Reports on dispensaries and lunatic asylums in the Province of Oudh - 1869-1876
Year: 1869
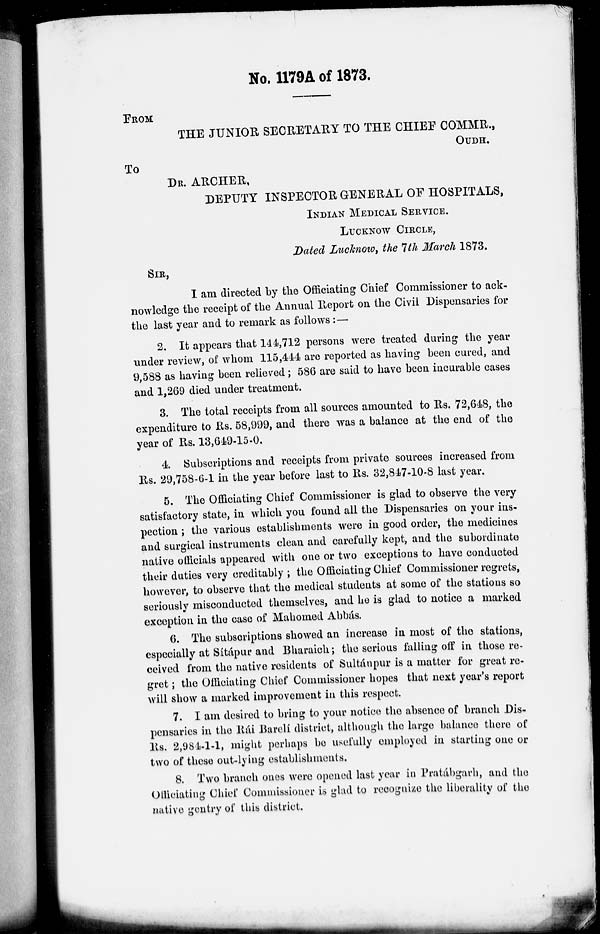
No. 1179A of 1873.
FROM
THE JUNIOR SECRETARY TO THE CHIEF COMMR.,
OUDH.
To
DR. ARCHER,
DEPUTY INSPECTOR GENERAL OF HOSPITALS,
INDIAN MEDICAL SERVICE.
LUCKNOW CIRCLE,
Dated Lucknow, the 7th March 1873.
SIR,
I am directed by the Officiating Chief Commissioner to ack-
nowledge the receipt of the Annual Report on the Civil Dispensaries for
the last year and to remark as follows : —
2. It appears that 144,712 persons were treated during the year
under review, of whom 115,444 are reported as having been cured, and
9,588 as having been relieved; 586 are said to have been incurable cases
and 1,269 died under treatment.
3. The total receipts from all sources amounted to Rs. 72,648, the
expenditure to Rs. 58,999, and there was a balance at the end of the
year of Rs. 13,649-15-0.
4. Subscriptions and receipts from private sources increased from
Rs. 29,758-6-1 in the year before last to Rs. 32,847-10-8 last year.
5. The Officiating Chief Commissioner is glad to observe the very
satisfactory state, in which you found all the Dispensaries on your ins-
pection ; the various establishments were in good order, the medicines
and surgical instruments clean and carefully kept, and the subordinate
native officials appeared with one or two exceptions to have conducted
their duties very creditably ; the Officiating Chief Commissioner regrets,
however, to observe that the medical students at some of the stations so
seriously misconducted themselves, and he is glad to notice a marked
exception in the case of Mahomed Abbás,
6. The subscriptions showed an increase in most of the stations,
especially at Sitápur and Bharaich; the serious falling off in those re-
ceived from the native residents of Sultánpur is a matter for great re-
gret ; the Officiating Chief Commissioner hopes that next year's report
will show a marked improvement in this respect.
7. I am desired to bring to your notice the absence of branch Dis-
pensaries in the Rái Barelí district, although the large balance there of
Rs. 2,984-1-1, might perhaps be usefully employed in starting one or
two of these out-lying establishments.
8. Two branch ones were opened last year in Pratábgarh, and the
Officiating Chief Commissioner is glad to recognize the liberality of the
native gentry of this district.